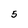
Character: 5